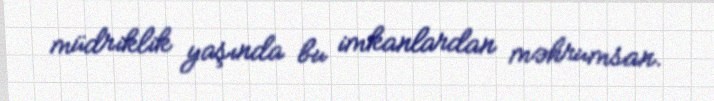
müdriklik yaşında bu imkanlardan məhrumsan.